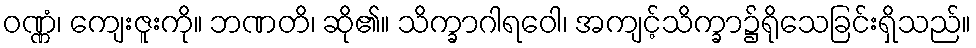
ဝဏ္ဏံ၊ ကျေးဇူးကို။ ဘဏတိ၊ ဆို၏။ သိက္ခာဂါရဝေါ၊ အကျင့်သိက္ခာ၌ရိုသေခြင်းရှိသည်။